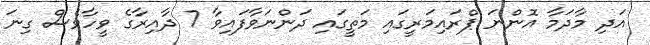
އަދި މާދަމާ އޮންނަ ޕްރައިމަރީގައި މަތީގައި ދަންނަވާފައިވާ 7 ދާއިރާގެ ވީހާވެސް ގިނަ